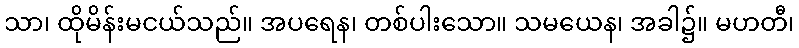
သာ၊ ထိုမိန်းမငယ်သည်။ အပရေန၊ တစ်ပါးသော။ သမယေန၊ အခါ၌။ မဟတီ၊